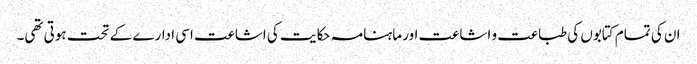
ان کی تمام کتابوں کی طباعت و اشاعت اور ماہنامہ حکایت کی اشاعت اسی ادارے کے تحت ہوتی تھی۔